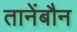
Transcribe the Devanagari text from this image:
तानेंबौन